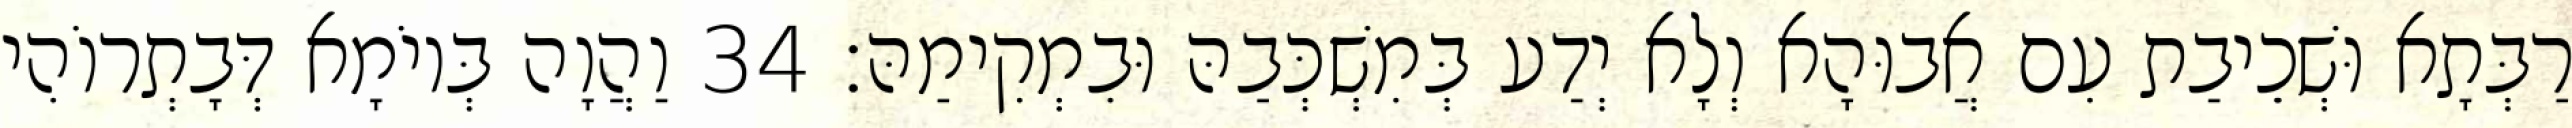
רַבְּתָא וּשְׁכֵיבַת עִם אֲבוּהָא וְלָא יְדַע בְּמִשְׁכְּבַהּ וּבִמְקִימַהּ׃ 34 וַהֲוָה בְּיוֹמָא דְּבָתְרוֹהִי